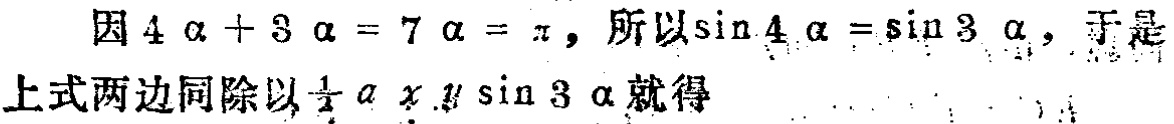
因\(4\alpha + 3\alpha = 7\alpha=\pi\)，所以\(\sin4\alpha=\sin3\alpha\)，于是上式两边同除以\(\frac{1}{2}\alpha x y\sin3\alpha\)就得